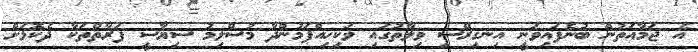
އެ ޖަމާއަތުން ބުނެފައިވަނީ އިނގިރޭސި ވިލާތުގައި ވަކިހިއްޕަމުންދާ މުސްލިމު ސިޔާސީ ފަރާތްތަކާ ދެކޮޅަށް